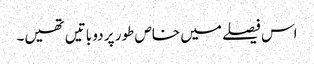
اس فیصلے میں خاص طور پر دو باتیں تھیں۔